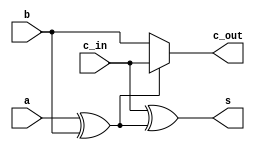
// Alessandra Fais, Orlando Leombruni
// RTT course - FPGA part
// MCSN - A.A. 2017/18

module full_adder (
	a,
	b,
	c_in,
	s,
	c_out);

	input wire a;
	input wire b;
	input wire c_in;
	
	output wire s;
	output wire c_out;
	
	wire partial = a ^ b;
	
	assign s = c_in ^ partial;
	
	assign c_out = (partial) ? c_in : b;

endmodule

module adder_8bit (
	a,
	b,
	c_in,
	s,
	c_out
);

	input [7:0] 	a;
	input [7:0]		b;
	input				c_in;
	
	output [7:0] 	s;
	output			c_out;
	
	wire [6:0]		carry;
	
	full_adder fa_1 ( 
		.a(a[0]), 
		.b(b[0]), 
		.c_in(c_in), 
		.s(s[0]), 
		.c_out(carry[0]) );
	
	full_adder fa_2 (
		.a(a[1]),
		.b(b[1]),
		.c_in(carry[0]),
		.s(s[1]),
		.c_out(carry[1]) );
	
	full_adder fa_3 (
		.a(a[2]),
		.b(b[2]),
		.c_in(carry[1]),
		.s(s[2]),
		.c_out(carry[2]) );
	
	full_adder fa_4 (
		.a(a[3]),
		.b(b[3]),
		.c_in(carry[2]),
		.s(s[3]),
		.c_out(carry[3]) );
	
	full_adder fa_5 (
		.a(a[4]),
		.b(b[4]),
		.c_in(carry[3]),
		.s(s[4]),
		.c_out(carry[4]) );
	
	full_adder fa_6 (
		.a(a[5]),
		.b(b[5]),
		.c_in(carry[4]),
		.s(s[5]),
		.c_out(carry[5]) );
	
	full_adder fa_7 (
		.a(a[6]),
		.b(b[6]),
		.c_in(carry[5]),
		.s(s[6]),
		.c_out(carry[6]) );
	
	full_adder fa_8 (
		.a(a[7]),
		.b(b[7]),
		.c_in(carry[6]),
		.s(s[7]),
		.c_out(c_out) );
	
endmodule

module n_bit_multiplier(
	a,
	b,
	p);
	
	input [7:0] a;
	input [7:0] b;
	
	output [15:0] p;
	
	wire [6:0] results1;
	wire [6:0] results2;
	wire [6:0] results3;
	wire [6:0] results4;
	wire [6:0] results5;
	wire [6:0] results6;
	
	wire [7:0] carry;
	
	assign p[0] = a[0] & b[0];
	
	adder_8bit row1(
		.a({1'b0, (a[7] & b[0]), (a[6] & b[0]), (a[5] & b[0]), 
			(a[4] & b[0]), (a[3] & b[0]), (a[2] & b[0]), (a[1] & b[0])}),
		.b({(a[7] & b[1]), (a[6] & b[1]), (a[5] & b[1]), (a[4] & b[1]),
			 (a[3] & b[1]), (a[2] & b[1]), (a[1] & b[1]), (a[0] & b[1])}),
		.c_in(1'b0),
		.s({results1, p[1]}),
		.c_out(carry[0]) );
	
	adder_8bit row2(
		.a({carry[0], results1}),
		.b({(a[7] & b[2]), (a[6] & b[2]), (a[5] & b[2]), (a[4] & b[2]),
			 (a[3] & b[2]), (a[2] & b[2]), (a[1] & b[2]), (a[0] & b[2])}),
		.c_in(1'b0),
		.s({results2, p[2]}),
		.c_out(carry[1]) );
	
	adder_8bit row3(
		.a({carry[1], results2}),
		.b({(a[7] & b[3]), (a[6] & b[3]), (a[5] & b[3]), (a[4] & b[3]),
			 (a[3] & b[3]), (a[2] & b[3]), (a[1] & b[3]), (a[0] & b[3])}),
		.c_in(1'b0),
		.s({results3, p[3]}),
		.c_out(carry[2]) );
	
	adder_8bit row4(
		.a({carry[2], results3}),
		.b({(a[7] & b[4]), (a[6] & b[4]), (a[5] & b[4]), (a[4] & b[4]),
			 (a[3] & b[4]), (a[2] & b[4]), (a[1] & b[4]), (a[0] & b[4])}),
		.c_in(1'b0),
		.s({results4, p[4]}),
		.c_out(carry[3]) );
	
	adder_8bit row5(
		.a({carry[3], results4}),
		.b({(a[7] & b[5]), (a[6] & b[5]), (a[5] & b[5]), (a[4] & b[5]),
			 (a[3] & b[5]), (a[2] & b[5]), (a[1] & b[5]), (a[0] & b[5])}),
		.c_in(1'b0),
		.s({results5, p[5]}),
		.c_out(carry[4]) );
		
	adder_8bit row6(
		.a({carry[4], results5}),
		.b({(a[7] & b[6]), (a[6] & b[6]), (a[5] & b[6]), (a[4] & b[6]),
			 (a[3] & b[6]), (a[2] & b[6]), (a[1] & b[6]), (a[0] & b[6])}),
		.c_in(1'b0),
		.s({results6, p[6]}),
		.c_out(carry[5]) );
	
	adder_8bit row7(
		.a({carry[5], results6}),
		.b({(a[7] & b[7]), (a[6] & b[7]), (a[5] & b[7]), (a[4] & b[7]),
			 (a[3] & b[7]), (a[2] & b[7]), (a[1] & b[7]), (a[0] & b[7])}),
		.c_in(1'b0),
		.s(p[14:7]),
		.c_out(p[15]) );

endmodule